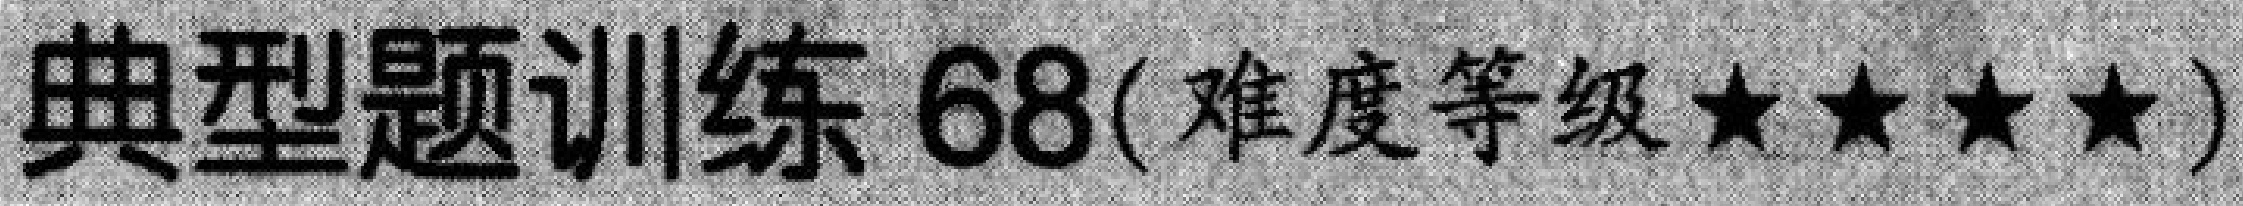
典型题训练 68(难度等级★★★★)